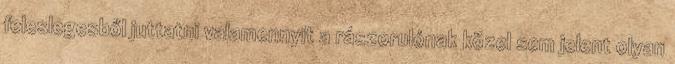
feleslegesből juttatni valamennyit a rászorulónak közel sem jelent olyan